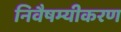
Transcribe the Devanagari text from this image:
निवैषम्यीकरण